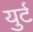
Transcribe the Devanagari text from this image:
युर्ट